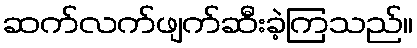
ဆက်လက်ဖျက်ဆီးခဲ့ကြသည်။